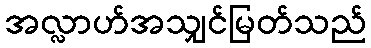
အလ္လာဟ်အသျှင်မြတ်သည်